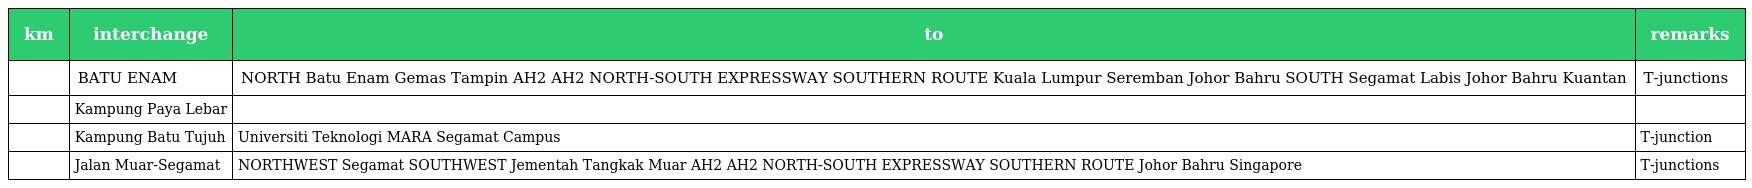
| km | interchange | to | remarks |
 | --- | --- | --- | --- |
 |  | BATU ENAM | NORTH Batu Enam Gemas Tampin AH2 AH2 NORTH-SOUTH EXPRESSWAY SOUTHERN ROUTE Kuala Lumpur Seremban Johor Bahru SOUTH Segamat Labis Johor Bahru Kuantan | T-junctions |
 |  | Kampung Paya Lebar |  |  |
 |  | Kampung Batu Tujuh | Universiti Teknologi MARA Segamat Campus | T-junction |
 |  | Jalan Muar-Segamat | NORTHWEST Segamat SOUTHWEST Jementah Tangkak Muar AH2 AH2 NORTH-SOUTH EXPRESSWAY SOUTHERN ROUTE Johor Bahru Singapore | T-junctions |